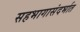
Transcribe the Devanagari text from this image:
सहभागासंदर्भात